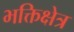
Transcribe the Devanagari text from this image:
भक्तिक्षेत्र